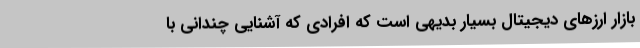
بازار ارزهای دیجیتال بسیار بدیهی است که افرادی که آشنایی چندانی با